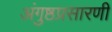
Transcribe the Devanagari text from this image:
अंगुष्ठप्रसारणी